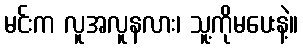
မင်းက လူအလူနလား၊ သူ့ကိုမပေးနဲ့။